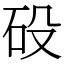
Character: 砓